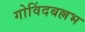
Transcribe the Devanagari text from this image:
गोविंदबल्लभ